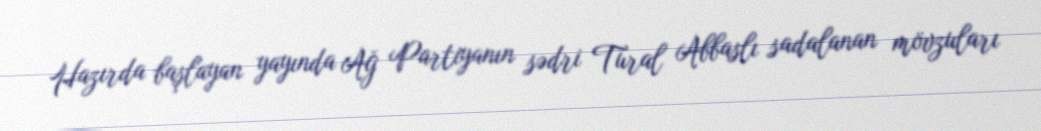
Hazırda başlayan yayında Ağ Partiyanın sədri Tural Abbaslı sadalanan mövzuları